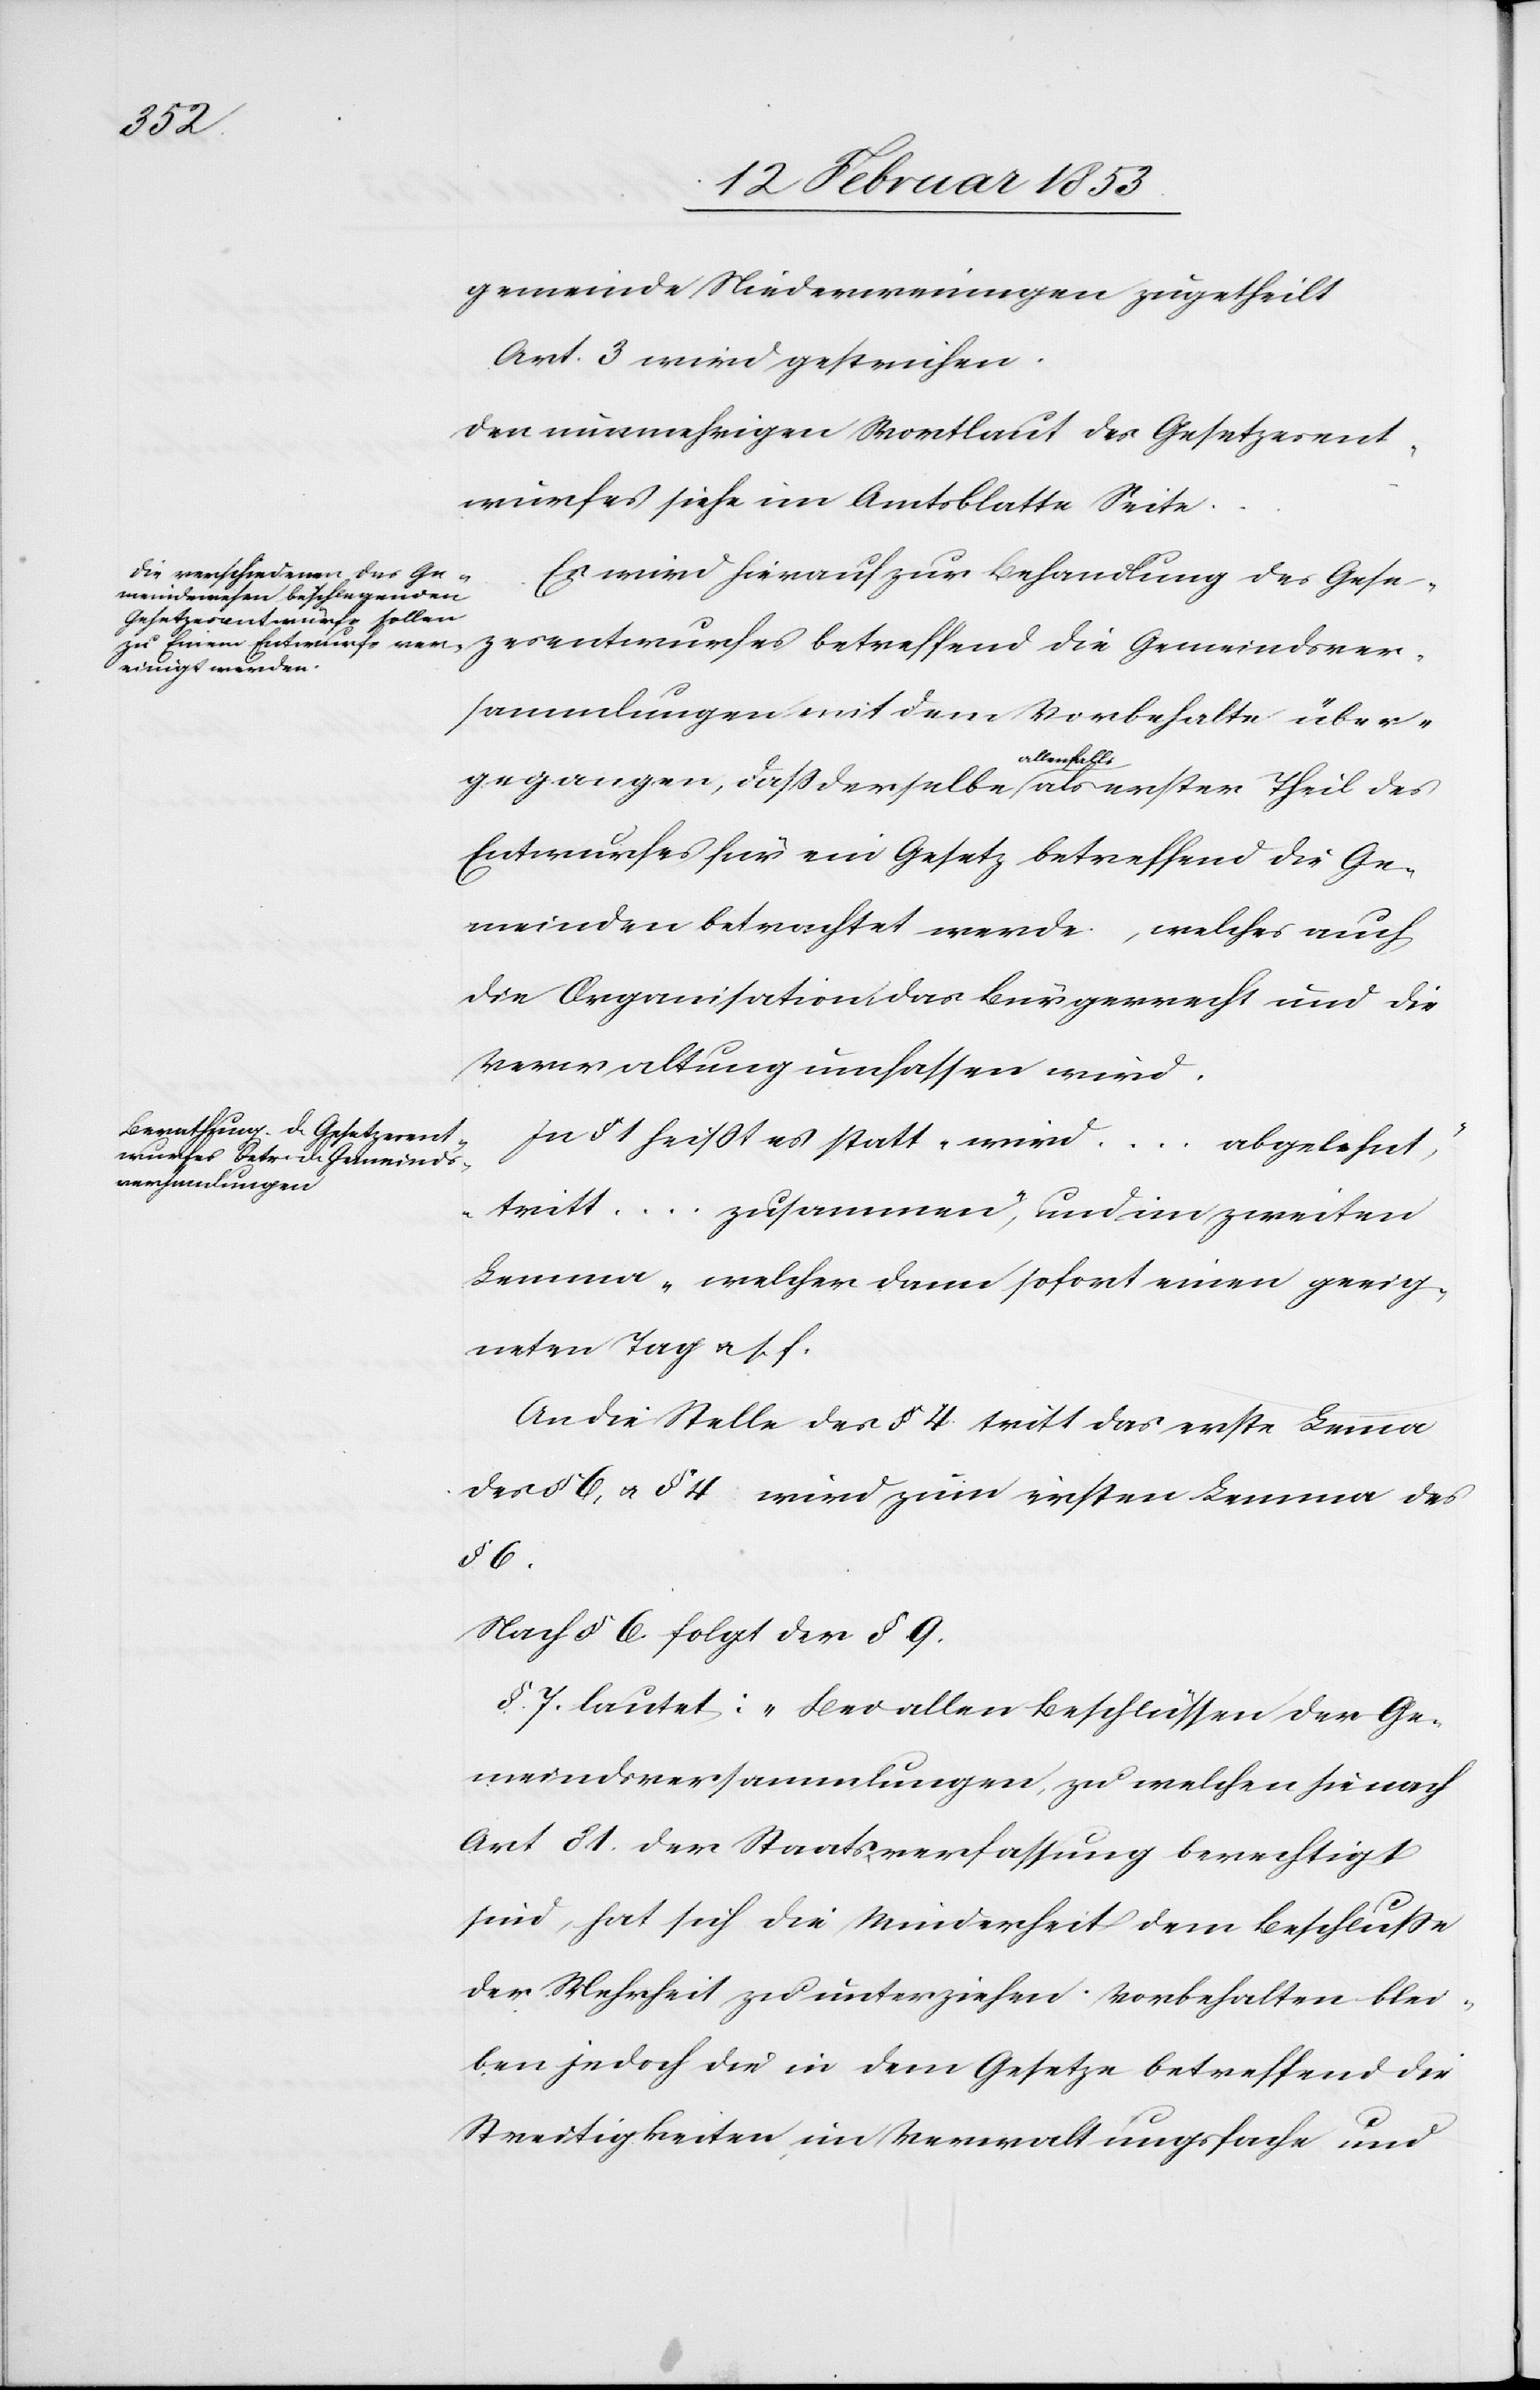
bgeholt“,

gemeinde Niederweningen zugetheilt
Art. 3 wird gestrichen.
Den nunmehrigen Wortlaut des Gesetzesent¬
wurfes siehe im Amtsblatte Seite…
Es wird hierauf zur Behandlung des Gese¬
zesentwurfes [sic!] betreffend die Gemeindsver¬
sammlungen mit dem Vorbehalte über¬
gegangen, daß derselbe allenfalls als erster Theil des
Entwurfes für ein Gesetz betreffend die Ge¬
meinden betrachtet werde, welches auch
die Organisation, das Bürgerrecht und die
Verwaltung umfassen wird.
In § 1 heißt es statt “wird…a¬
“tritt…zusammen“, und im zweiten
Lemma “welcher dann sofort einen geeig¬
neten Tag u. s. f.
An die Stelle des § 4 tritt das erste Lema
der § 6, u. § 4 wird zum ersten Lemma des
§ 6.
Nach § 6 folgt der § 9.
§ 7 lautet: „“Bei allen Beschlüssen der Ge¬
meindsversammlungen, zu welchen sie nach
Art. 81. der Staatsverfassung berechtigt
sind, hat sich die Minderheit dem Beschluße
der Mehrheit zu unterziehen. Vorbehalten blei¬
ben jedoch die in dem Gesetze betreffend die
Streitigkeiten im Verwaltungsfache und